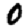
Digit: 0